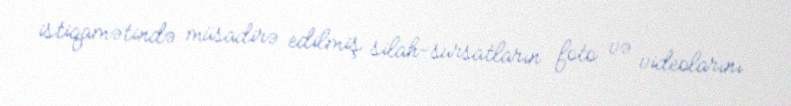
istiqamətində müsadirə edilmiş silah-sursatların foto və videolarını